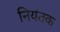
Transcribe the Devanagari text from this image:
नियंतक